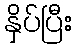
နှိပ်ပြီး